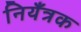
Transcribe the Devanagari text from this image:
नियँत्रक